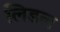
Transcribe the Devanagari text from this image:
लिडल